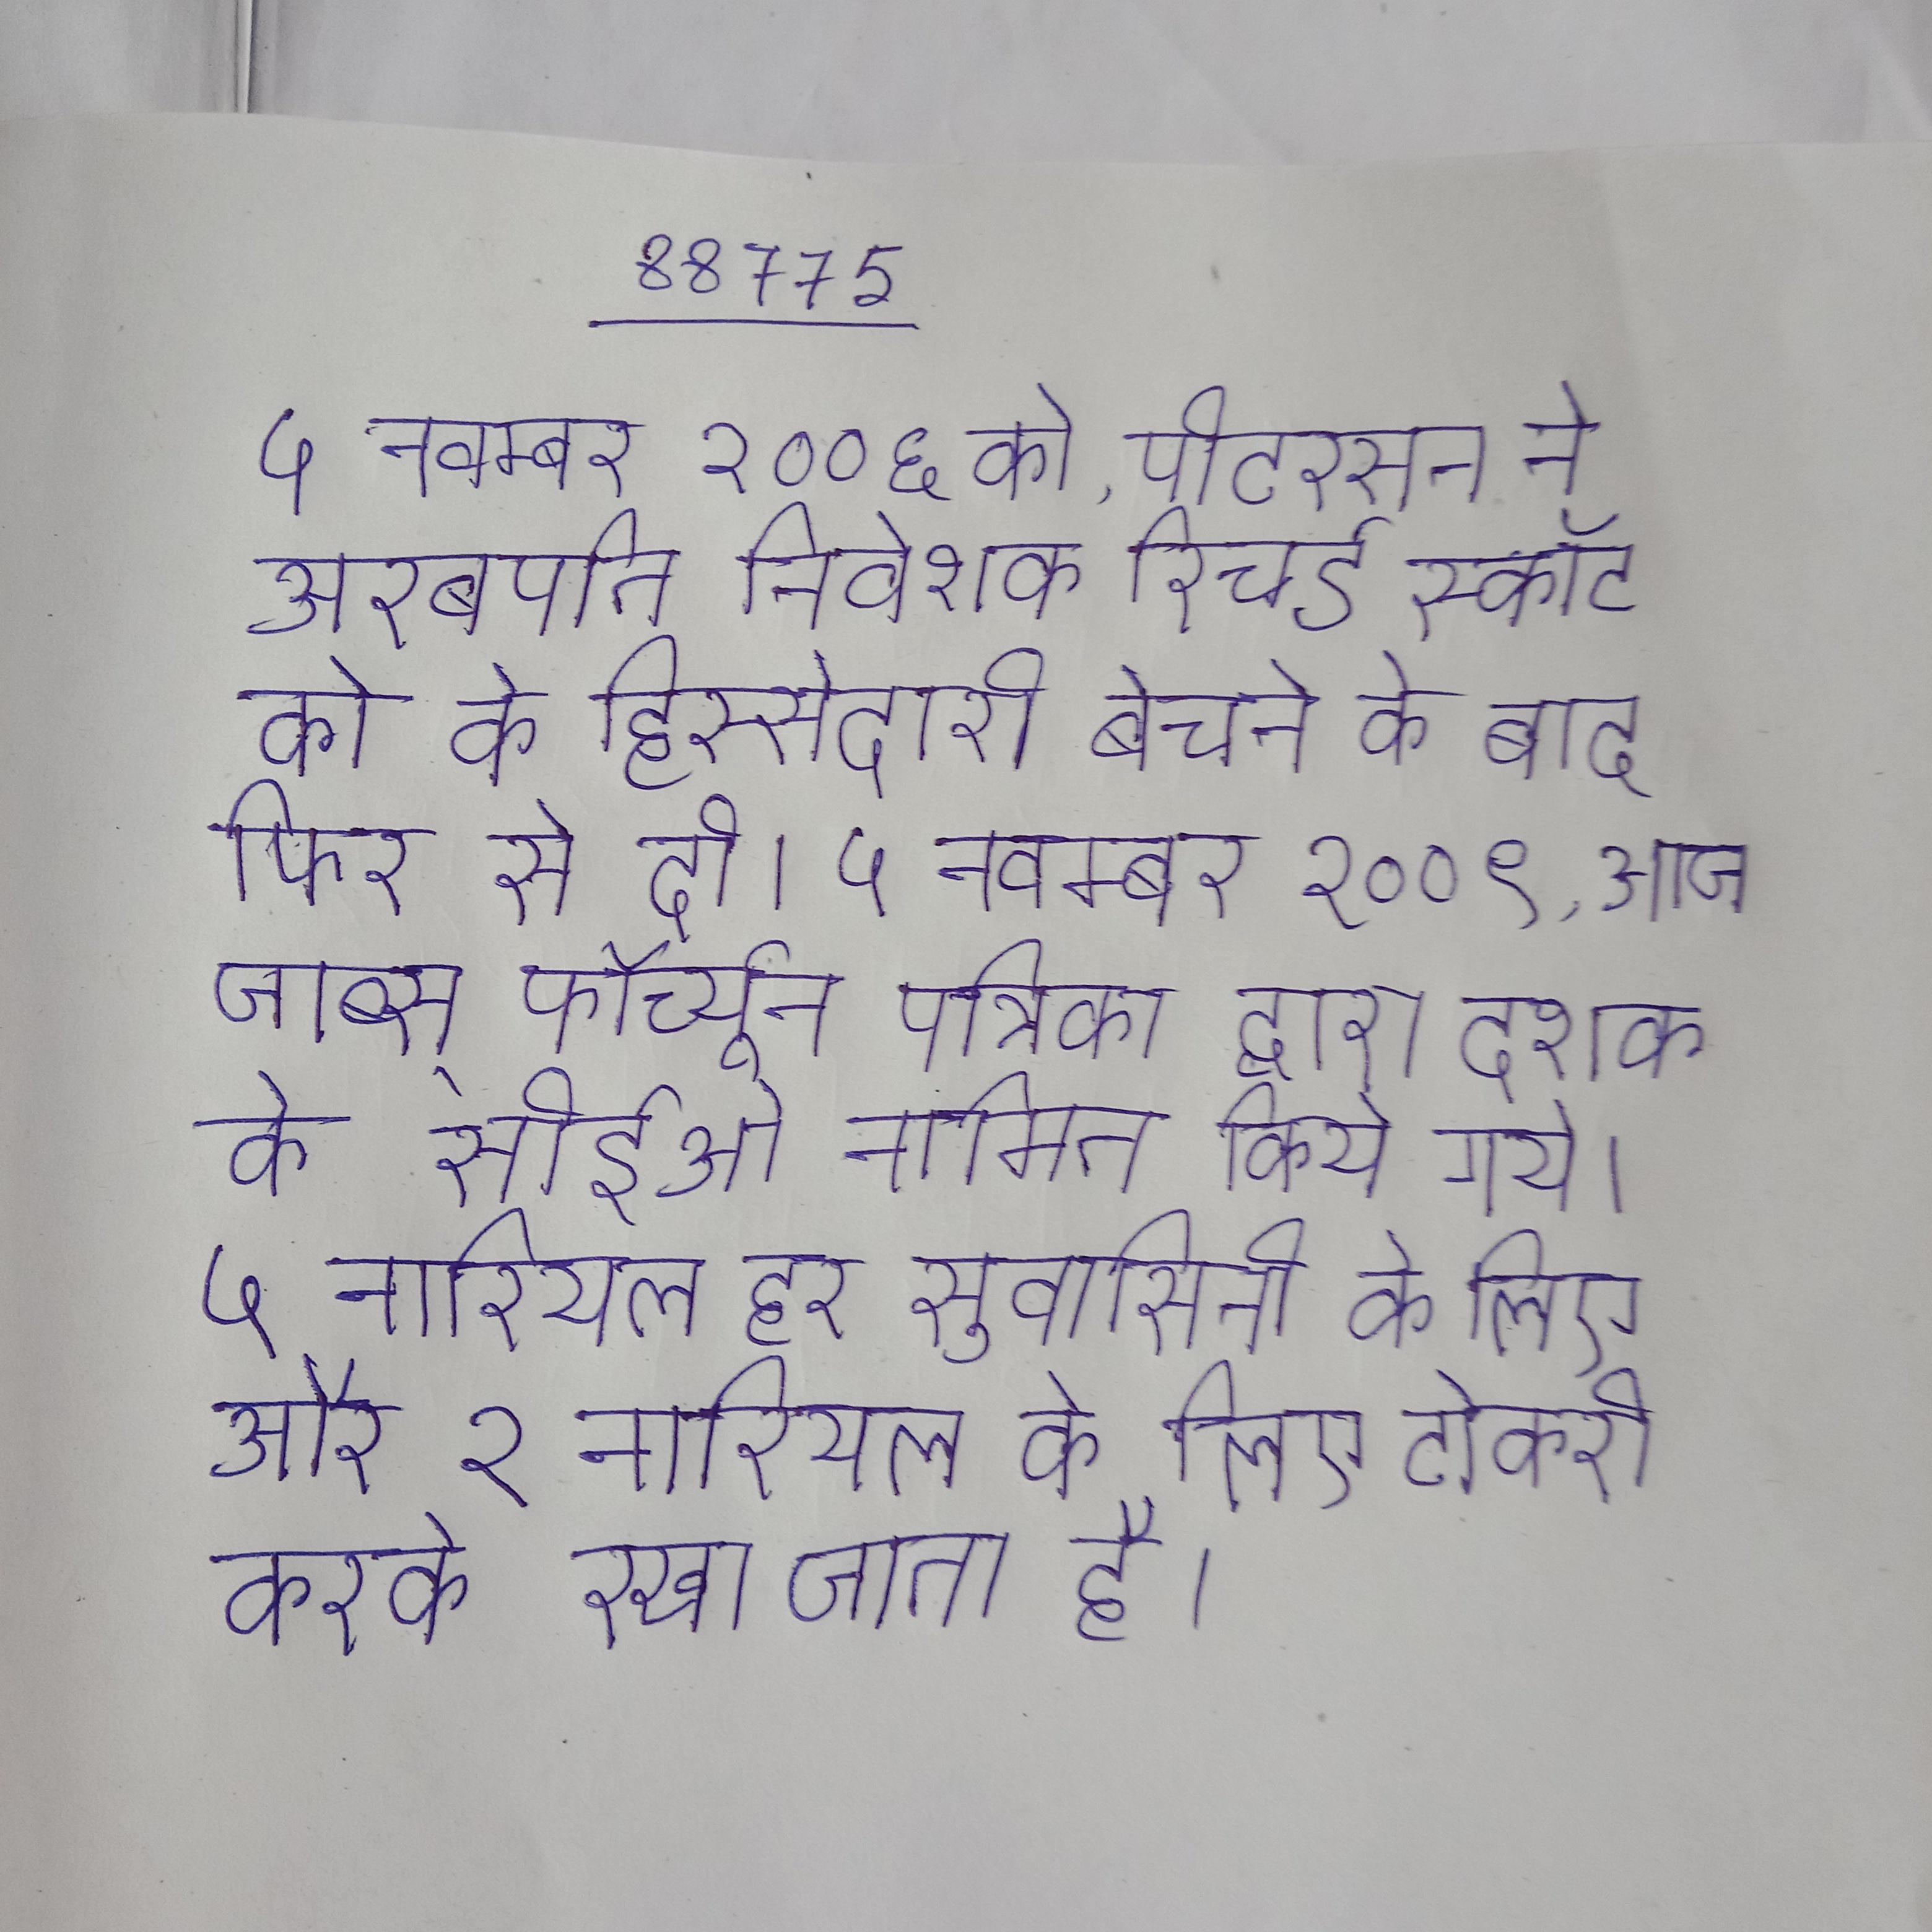
५ नवम्बर २००६ को, पीटरसन ने अरबपति निवेशक रिचर्ड स्कॉट को के हिस्सेदारी बेचने के बाद फिर से दी । ५ नवम्बर २००९, जाब्स् फॉर्च्यून पत्रिका द्वारा दशक के सीईओ नामित किये गये । ५ नारियल हर सुवासिनी के लिए और २ नारियल के लिए टोकरी करके रखा जाता है ।